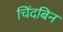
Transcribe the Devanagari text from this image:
चिंदबिन